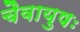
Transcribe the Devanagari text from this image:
चैवायुषः